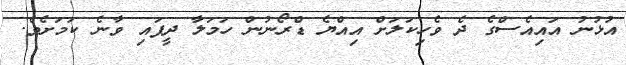
އުޅުނު އައިއެސްގެ ދެ ވެހިކަލަށް އިއްޔެ ޑްރޯނުން ހަމަލާ ދީފައި ވާނެ ކަމަށެވެ.